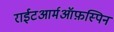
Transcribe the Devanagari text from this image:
राईटआर्मऑफ़स्पिन